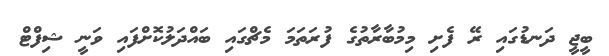
ބީޖީ ދަނޑުގައި ރޭ ފެށި މިމުބާރާތުގެ ފުރަތަަމަ މެޗްގައި ބައްދަލުކޮށްފައި ވަނީ ޝިފްޓް